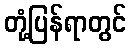
တုံ့ပြန်ရာတွင်